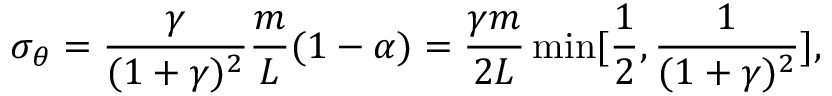
\sigma _ { { \boldsymbol { \theta } } } = \frac { \gamma } { ( 1 + \gamma ) ^ { 2 } } \frac { m } { L } ( 1 - \alpha ) = \frac { \gamma m } { 2 L } \operatorname* { m i n } [ \frac { 1 } { 2 } , \frac { 1 } { ( 1 + \gamma ) ^ { 2 } } ] ,